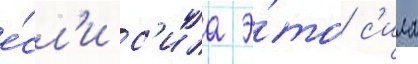
е́сл'и с'ила э́то с'ила